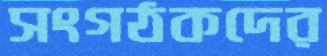
সংগঠকদের